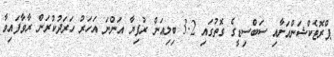
ޕްރޮޓެކްޝަންއަށާއި ސަބްސިޑީގެ ގޮތުގައި 3.2 ބިލިއަން ރުފިޔާ އަންނަ އަހަރު ހަރަދުކުރަން ރާވާފައިވާ